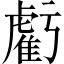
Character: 虧